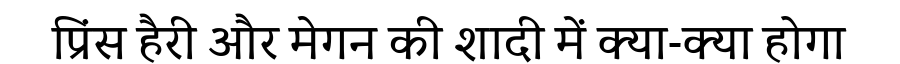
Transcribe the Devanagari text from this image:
प्रिंस हैरी और मेगन की शादी में क्या-क्या होगा